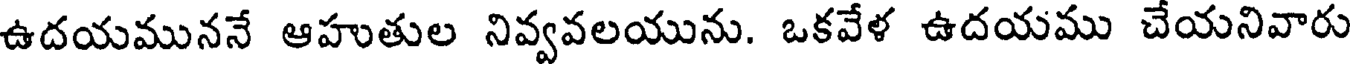
ఉదయముననే ఆహుతుల నివ్వవలయును. ఒకవేళ ఉదయము చేయనివారు